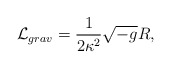
\begin{align*}{\cal L}_{grav}=\frac 1{2\kappa ^2}\sqrt{-g}R,\end{align*}